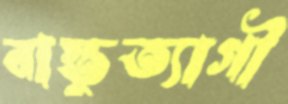
বাস্তুত্যাগী